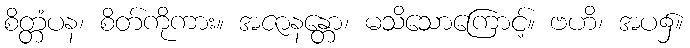
စိတ္တံပန၊ စိတ်ကိုကား။ အဇာနန္တော၊ မသိသောကြောင့်။ ဗဟိ၊ အပ၌။